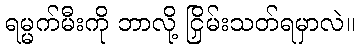
ရမ္မက်မီးကို ဘာလို့ ငြှိမ်းသတ်ရမှာလဲ။